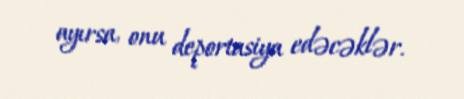
ayırsa, onu deportasiya edəcəklər.